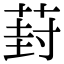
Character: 葑